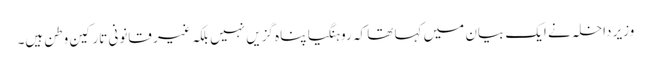
وزیر داخلہ نے ایک بیان میں کہا تھا کہ روہنگیا پناہ گزیں نہیں بلکہ غیر قانونی تارکین وطن ہیں۔